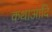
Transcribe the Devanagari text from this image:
कथाआदि